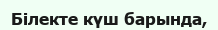
Білекте күш барында,